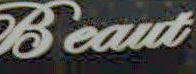
Beat